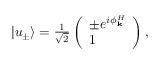
\begin{array} { r } { | u _ { \pm } \rangle = \frac { 1 } { \sqrt { 2 } } \left( \begin{array} { l } { \pm e ^ { i \phi _ { \mathbf { k } } ^ { H } } } \\ { 1 } \end{array} \right) , } \end{array}